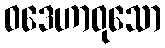
ဝဒေဟာဝုသော